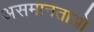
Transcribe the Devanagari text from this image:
असमानताओ